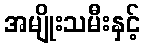
အမျိုးသမီးနှင့်